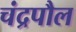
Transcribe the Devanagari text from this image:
चंद्रपौल